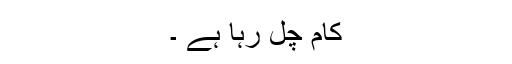
کام چل رہا ہے ۔